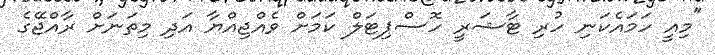
"މިއީ ހަމައެކަނި ހުރި ޓާޝަރީ ހޮސްޕިޓަލް ކަމަށް ވެއްޖިއްޔާ އަދި މިތަނަށް ރާއްޖޭގެ